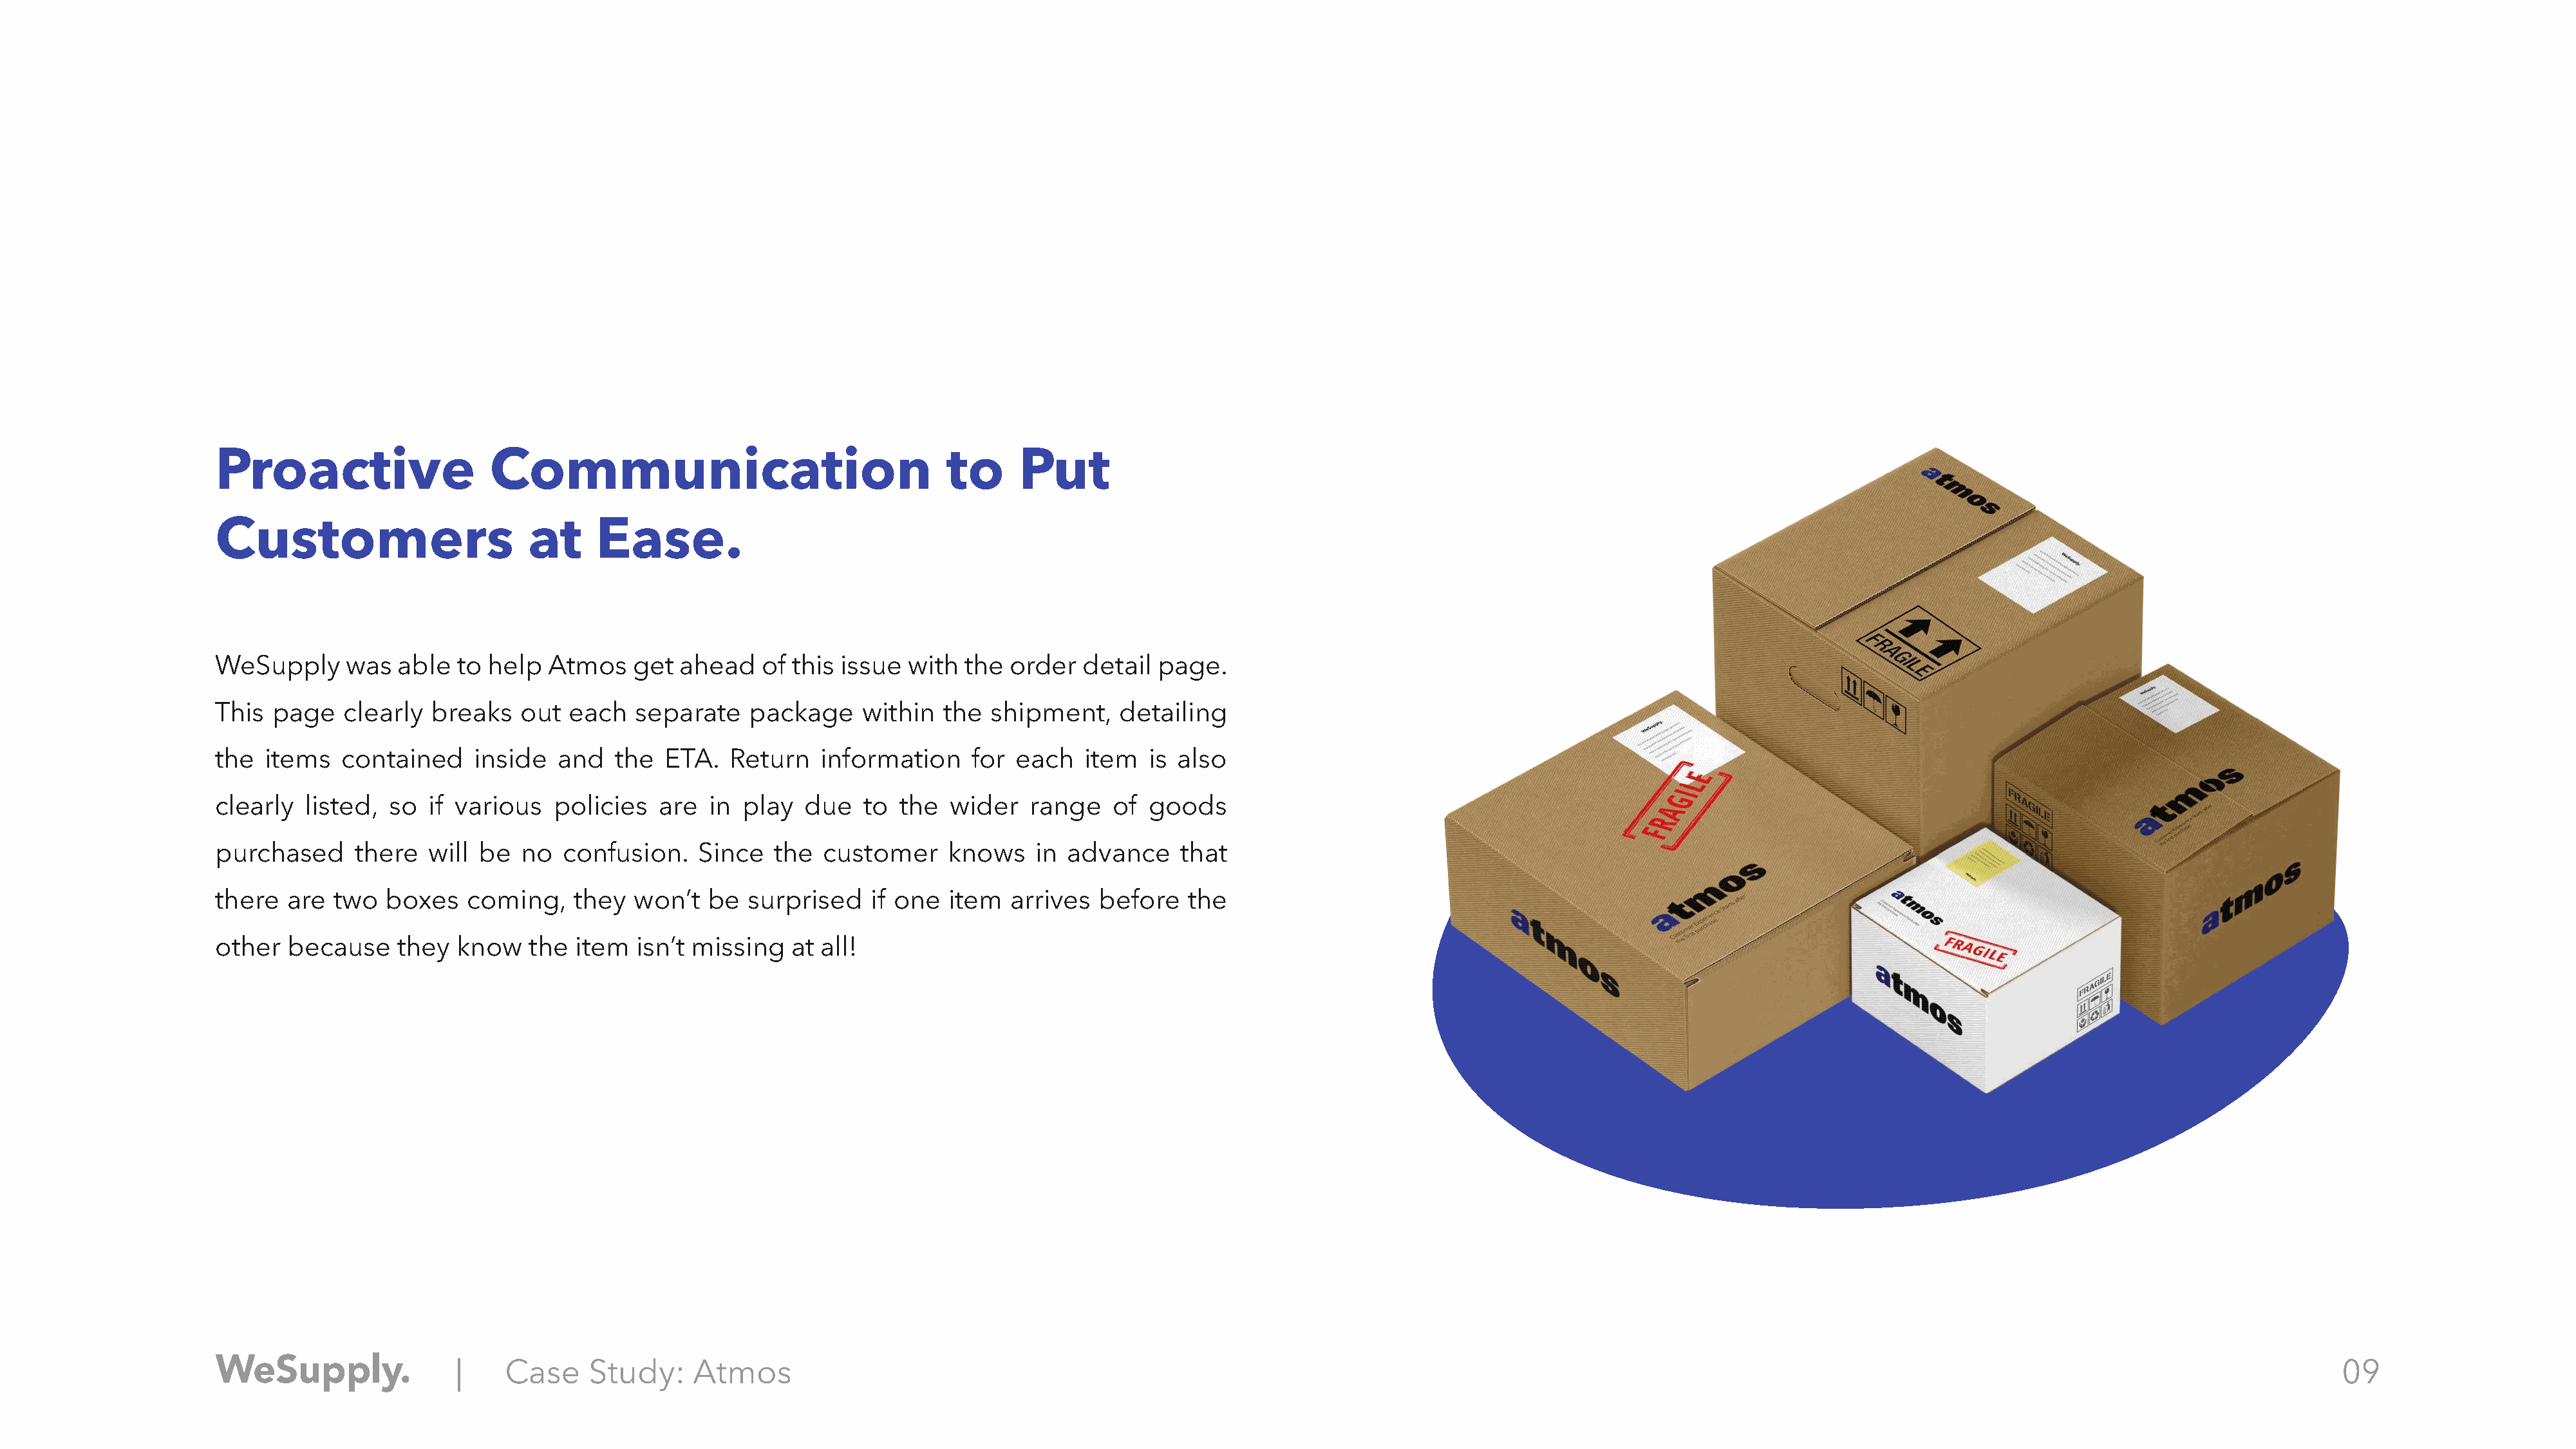
Proactive                   Communication                                  to      Put
 Customers                       at     Ease.
 WeSupply      was  able  to help  Atmos    get  ahead   of this issue  with  the  order  detail  page.
 This  page   clearly  breaks   out  each   separate    package     within  the  shipment,    detailing
 the  items   contained     inside  and   the  ETA.   Return   information     for each   item   is also
 clearly  listed,  so  if various   policies   are  in play   due   to the   wider   range   of  goods
 purchased     there   will be   no  confusion.    Since   the  customer    knows    in  advance    that
 there  are  two   boxes   coming,    they  won’t   be  surprised    if one  item  arrives  before   the
 other   because    they  know   the  item  isn’t missing   at all!
 |    Case     Study:    Atmos                                                                                                                                                                     09